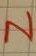
Text: N